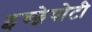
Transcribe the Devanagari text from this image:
इच्छेपोटी